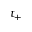
t _ { + }